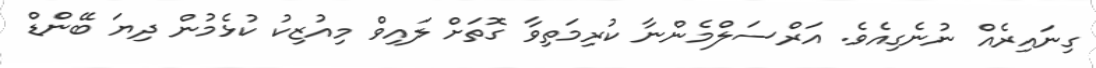
ގިނައިރެއް ނުނެގިއެވެ. އަރްސަލްމެންނާ ކުރިމަތިވާ ގޮތަށް ލައިވް މިއުޒިކު ކުޅެމުން ދިޔަ ބޭންޑް